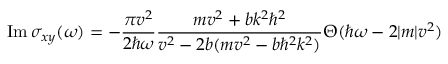
\mathrm { I m } \, \sigma _ { x y } ( \omega ) = - \frac { \pi v ^ { 2 } } { 2 \hbar \omega } \frac { m v ^ { 2 } + b k ^ { 2 } \hbar ^ { 2 } } { v ^ { 2 } - 2 b ( m v ^ { 2 } - b \hbar ^ { 2 } k ^ { 2 } ) } \Theta ( \hbar \omega - 2 | m | v ^ { 2 } )